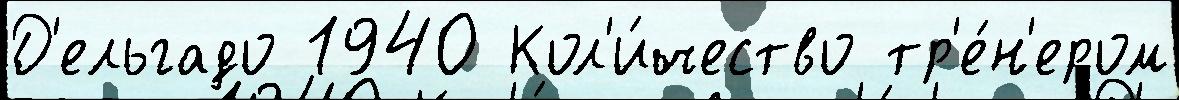
Д'ельгадо 1940 Кол'и́чество тр'е́н'ером